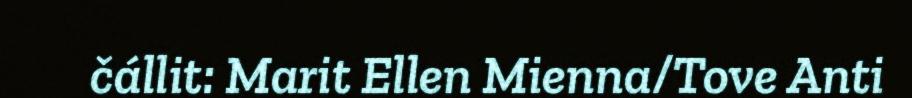
čállit: Marit Ellen Mienna/Tove Anti